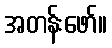
အတန်းဖော်။